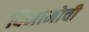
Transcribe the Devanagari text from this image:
दिनामोची